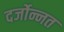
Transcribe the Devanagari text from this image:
दर्जोन्नत